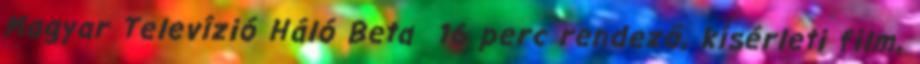
Magyar Televízió Háló Beta 16 perc rendező, kísérleti film,